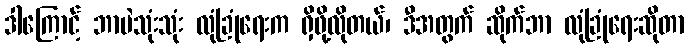
ဒါကြောင့် ဘာပဲသုံးသုံး လုံခြုံရေးက ရှိဖို့လိုတယ်၊ ဒီအတွက် ဆိုက်ဘာ လုံခြုံရေးဆိုတာ